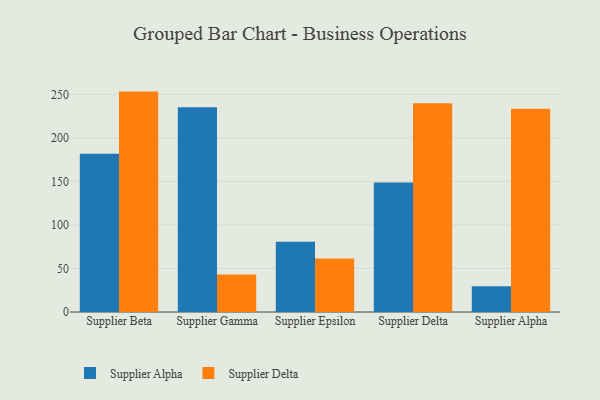
{"axis": {"x": "Supplier", "y": "Active Users"}, "legend": ["Supplier Alpha", "Supplier Delta"], "data": [{"x": "Supplier Beta", "y": 181.8, "type": "Supplier Alpha"}, {"x": "Supplier Beta", "y": 253.1, "type": "Supplier Delta"}, {"x": "Supplier Gamma", "y": 235.1, "type": "Supplier Alpha"}, {"x": "Supplier Gamma", "y": 43.0, "type": "Supplier Delta"}, {"x": "Supplier Epsilon", "y": 80.7, "type": "Supplier Alpha"}, {"x": "Supplier Epsilon", "y": 61.5, "type": "Supplier Delta"}, {"x": "Supplier Delta", "y": 148.7, "type": "Supplier Alpha"}, {"x": "Supplier Delta", "y": 239.6, "type": "Supplier Delta"}, {"x": "Supplier Alpha", "y": 29.5, "type": "Supplier Alpha"}, {"x": "Supplier Alpha", "y": 233.5, "type": "Supplier Delta"}]}